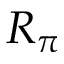
R _ { \pi }